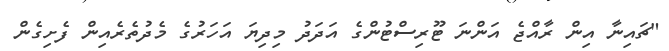
"ޗައިނާ އިން ރާއްޖެ އަންނަ ޓޫރިސްޓުންގެ އަދަދު މިދިޔަ އަހަރުގެ މެދުތެރެއިން ފެށިގެން